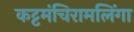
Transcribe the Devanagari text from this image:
कट्टमंचिरामलिंगा